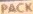
PACK